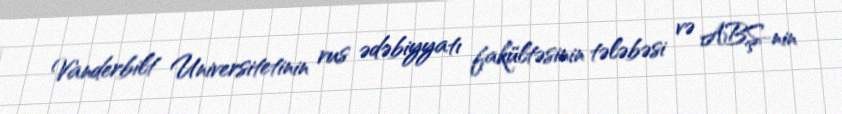
Vanderbilt Universitetinin rus ədəbiyyatı fakültəsinin tələbəsi və ABŞ-nin